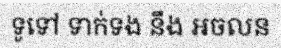
ទូទៅ ទាក់ទង នឹង អចលន